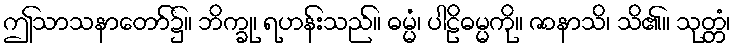
ဤသာသနာတော်၌။ ဘိက္ခု၊ ရဟန်းသည်။ ဓမ္မံ၊ ပါဠိဓမ္မကို။ ဇာနာသိ၊ သိ၏။ သုတ္တံ၊